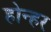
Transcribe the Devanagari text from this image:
होन्हर